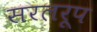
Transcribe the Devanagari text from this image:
सरलरूप